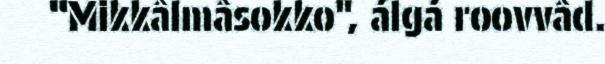
“Mikkâlmâsokko", álgá roovvâd.